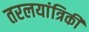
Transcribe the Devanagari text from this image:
तरलयांत्रिकी